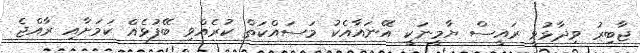
ޖާބިރު ވިދާޅުވީ ރައީސް ޔާމީނަކީ އޭނައާއެކު މަސައްކަތް ކުރެއްވި ބޭފުޅެއް ކަމަށާއި ރާއްޖެ